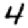
Digit: 4